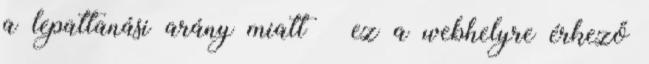
a lepattanási arány miatt – ez a webhelyre érkező